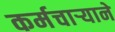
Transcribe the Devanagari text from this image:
कर्मचार्‍याने